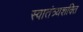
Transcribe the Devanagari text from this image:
स्वातंत्र्यशक्ति